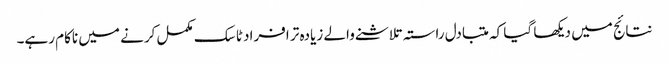
نتائج میں دیکھا گیا کہ متبادل راستہ تلاشنے والے زیادہ تر افراد ٹاسک مکمل کرنے میں ناکام رہے۔